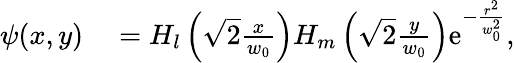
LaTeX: \begin{array}{rl}{\psi(x,y)}&{{}=H_{l}\left(\sqrt{2}\frac{x}{w_{0}}\right)H_{m}\left(\sqrt{2}\frac{y}{w_{0}}\right)\mathrm{e}^{-\frac{r^{2}}{w_{0}^{2}}},}\end{array}